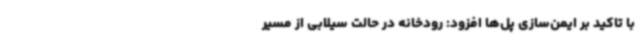
با تاکید بر ایمن‌سازی پل‌ها افزود: رودخانه در حالت سیلابی از مسیر